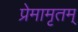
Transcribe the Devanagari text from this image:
प्रेमामृतम्